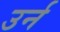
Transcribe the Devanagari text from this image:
उर्न